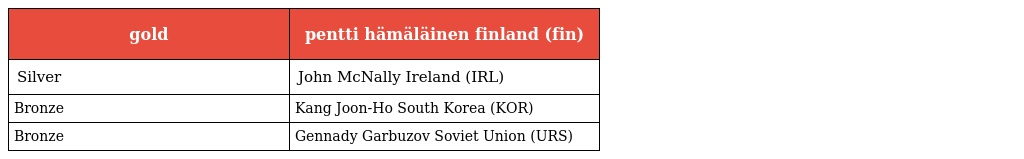
| gold | pentti hämäläinen finland (fin) |
 | --- | --- |
 | Silver | John McNally Ireland (IRL) |
 | Bronze | Kang Joon-Ho South Korea (KOR) |
 | Bronze | Gennady Garbuzov Soviet Union (URS) |